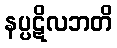
နပ္ပဋိလဘတိ